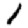
Digit: 1